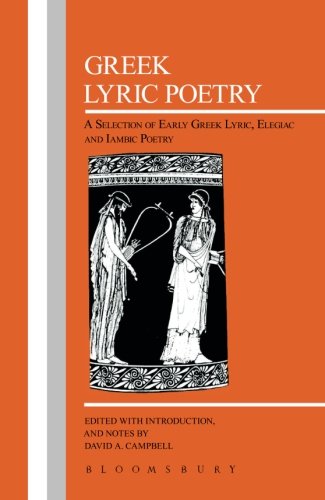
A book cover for Greek Lyric Poetry (Bcp Greek Texts); David A. Campbell; Literature & Fiction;